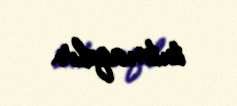
tutmaqdır.